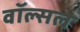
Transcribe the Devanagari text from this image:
वॉल्सल